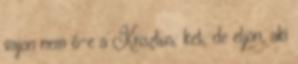
vajon nem ő−e a Krisztus; ket; de eljön, aki